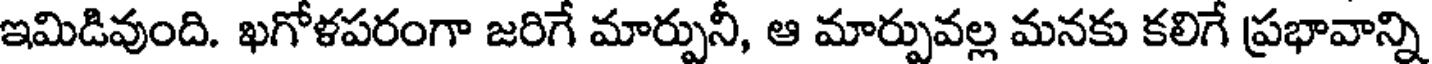
ఇమిడివుంది. ఖగోళపరంగా జరిగే మార్పునీ, ఆ మార్పువల్ల మనకు కలిగే ప్రభావాన్ని